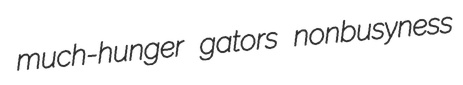
much-hunger gators nonbusyness